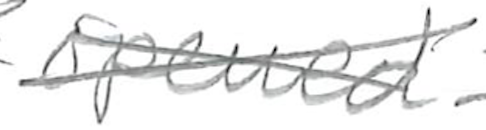
Text: opened
Cross-out: cross
Writing tool: pencil